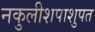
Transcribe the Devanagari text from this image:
नकुलीशपाशुपत